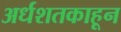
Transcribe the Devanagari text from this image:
अर्धशतकाहून